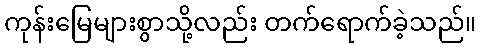
ကုန်းမြေများစွာသို့လည်း တက်ရောက်ခဲ့သည်။